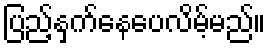
ပြည့်နှက်နေပေလိမ့်မည်။